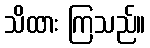
သိထား ကြသည်။